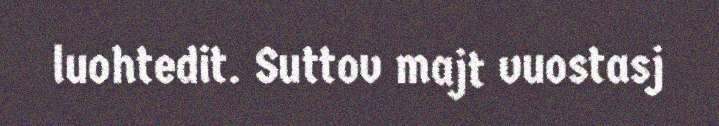
luohtedit. Suttov majt vuostasj